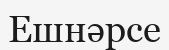
Ешнәрсе